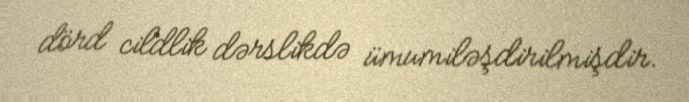
dörd cildlik dərslikdə ümumiləşdirilmişdir.